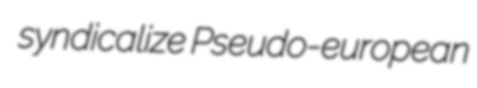
syndicalize Pseudo-european